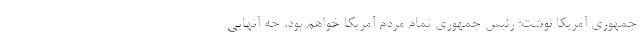
جمهوری آمریکا نوشت: رئیس جمهوری تمام مردم آمریکا خواهم بود، چه آنهایی